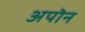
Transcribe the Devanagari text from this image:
अपॊन